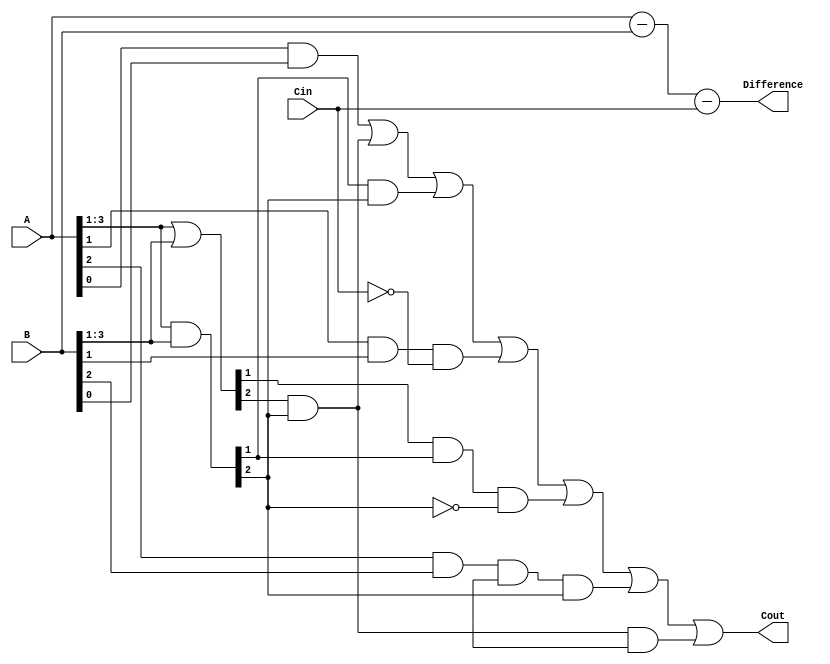
module Carry_lookahead_Subtractor (
    input [3:0] A,
    input [3:0] B,
    input Cin,
    output [3:0] Difference,
    output Cout
);

wire [3:0] D;
wire [2:0] G, P;

assign D = A - B - Cin;
assign G = A[3:1] & B[3:1];
assign P = A[3:1] | B[3:1];

assign Cout = (A[0] & B[0]) | (P[2] & G[2]) | (G[1] & G[2])| (A[1] & B[1] & ~Cin) | (P[1] & G[1] & ~G[2]) | (A[2] & B[2] & ~P[3] & G[2]) | (P[2] & G[2] & ~P[3]);
assign Difference = {D[3], D[2], D[1], D[0]};

endmodule